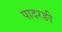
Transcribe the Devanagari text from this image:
पादरङी